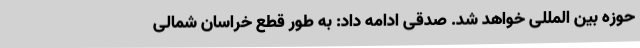
حوزه بین المللی خواهد شد. صدقی ادامه داد: به طور قطع خراسان شمالی